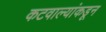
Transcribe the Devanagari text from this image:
कटवाल्यांकडून